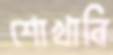
শোখাবি